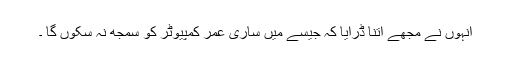
اُنہوں نے مجھے اتنا ڈرایا کہ جیسے میں ساری عمر کمپیوٹر کو سمجھ نہ سکوں گا ۔